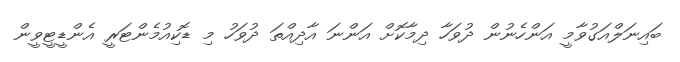
ބައިނަލްއަގުވާމީ އަންހެނުން ދުވަހާ ދިމާކޮށް އަންނަ އާދިއްތަ ދުވަހު މި ޑޮކިއުމެންޓަރީ އެންޑީޓީވީން